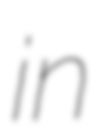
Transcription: in